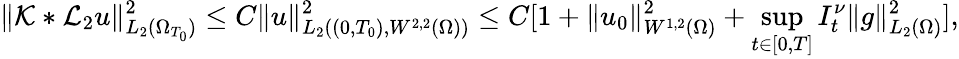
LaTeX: \| \mathcal{K}*\mathcal{L}_{2}u\| _{L_{2}(\Omega_{T_{0}})}^{2}\leq C\| u\| _{L_{2}((0,T_{0}),W^{2,2}(\Omega))}^{2}\leq C[1+\| u_{0}\| _{W^{1,2}(\Omega)}^{2}+\underset{t\in[0,T]}{\operatorname*{sup}}I_{t}^{\nu}\| g\| _{L_{2}(\Omega)}^{2}],